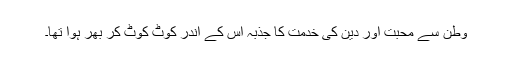
وطن سے محبت اور دین کی خدمت کا جذبہ اس کے اندر کوٹ کوٹ کر بھر ہوا تھا۔